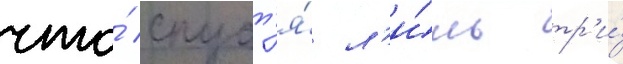
что́ спуст'я́ л'и́шь тр'и́